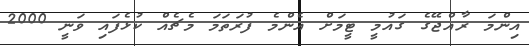
އިންމަ ރާއްޖޭގެ ގައުމީ ޓީމަށް އެންމެ ފުރަތަމަ މެޗެއް ކުޅެފައި ވަނީ 2000